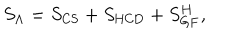
S _ { \Lambda } = S _ { \mathrm { C S } } + S _ { \mathrm { H C D } } + S _ { \mathrm { G F } } ^ { H } ,